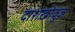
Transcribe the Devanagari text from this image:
दाशख़ोवुज़